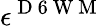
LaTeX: \epsilon^{\mathrm{~D~6~W~M~}}